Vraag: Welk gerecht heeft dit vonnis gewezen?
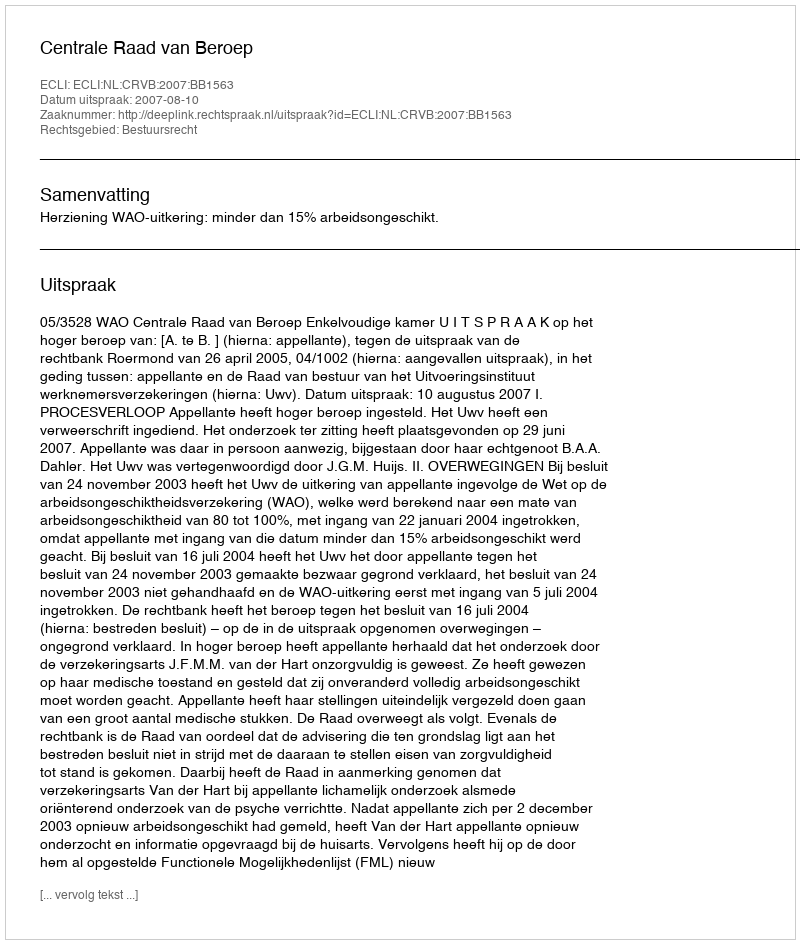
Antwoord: Centrale Raad van Beroep